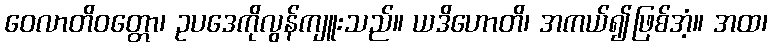
ဝေလာတိဝတ္တော၊ ဥပဒေကိုလွန်ကျူးသည်။ ယဒိဟောတိ၊ အကယ်၍ဖြစ်အံ့။ အထ၊